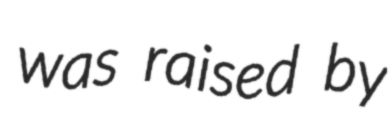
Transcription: was raised by